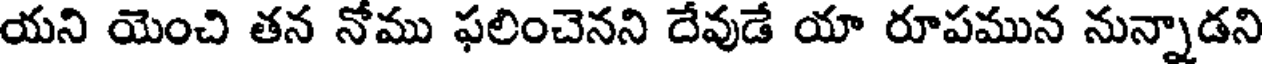
యని యెంచి తన నోము ఫలించెనని దేవుడే యా రూపమున నున్నాడని